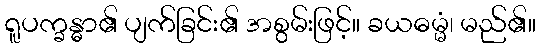
ရူပက္ခန္ဓာ၏ ပျက်ခြင်း၏ အစွမ်းဖြင့်။ ခယဓမ္မံ၊ မည်၏။